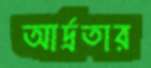
আর্দ্রতার